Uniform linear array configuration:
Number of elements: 8
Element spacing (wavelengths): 0.75
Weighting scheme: cosine
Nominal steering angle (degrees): -30
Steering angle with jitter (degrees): -30.021
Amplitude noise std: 0.05
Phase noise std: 0.05

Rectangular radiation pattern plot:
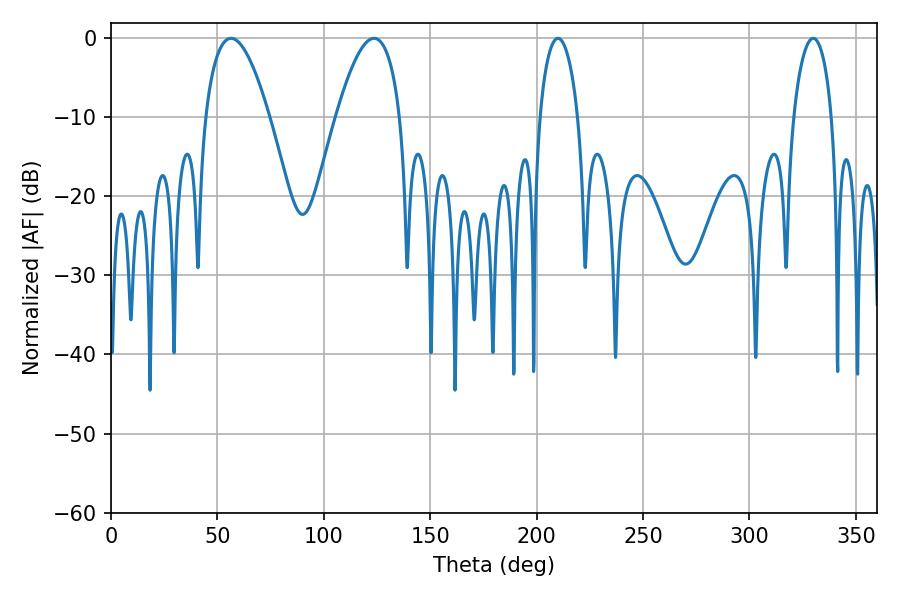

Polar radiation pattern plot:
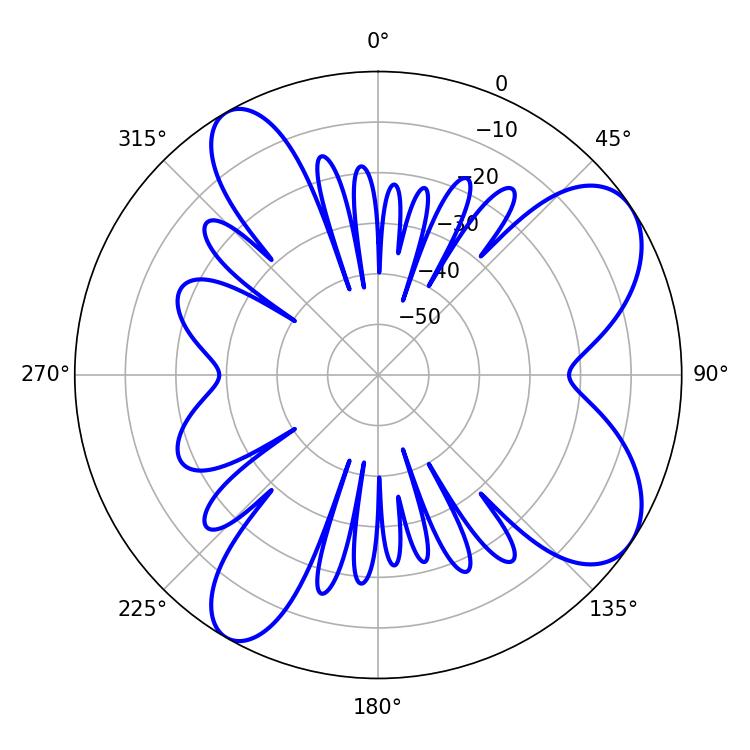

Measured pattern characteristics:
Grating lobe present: TRUE
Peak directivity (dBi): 7.887
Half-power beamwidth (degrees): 10.26
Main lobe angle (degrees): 210.06